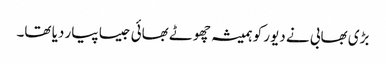
بڑی بھابی نے دیور کو ہمیشہ چھوٹے بھائی جیسا پیار دیا تھا۔